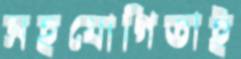
সহযোগিতাই